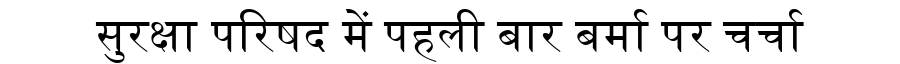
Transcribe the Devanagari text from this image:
सुरक्षा परिषद में पहली बार बर्मा पर चर्चा